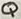
Text: Q